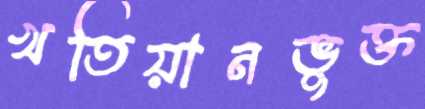
খতিয়ানভুক্ত